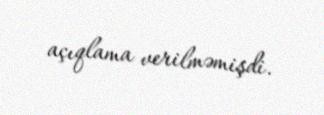
açıqlama verilməmişdi.